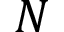
N